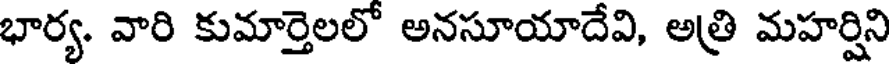
భార్య. వారి కుమార్తెలలో అనసూయాదేవి, అత్రి మహర్షిని